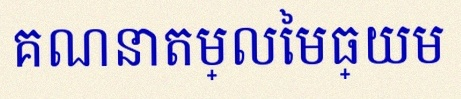
គណនាតម្លៃមធ្យម